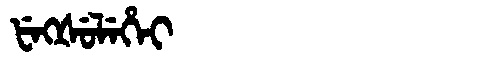
Manchu: ᡶᡝᡴᡧᡠᠯᡝᡥᡝᡳ
Romanization: FEKŠULEHEI